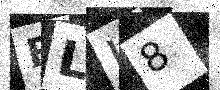
Text: ELJ8